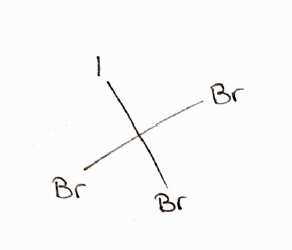
Simplified molecular-input line-entry system (SMILES) notation of the given molecule:
C(Br)(Br)(Br)I